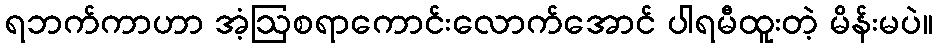
ရဘက်ကာဟာ အံ့ဩစရာကောင်းလောက်အောင် ပါရမီထူးတဲ့ မိန်းမပဲ။